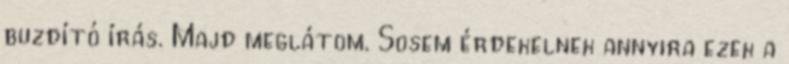
buzdító írás. Majd meglátom. Sosem érdekelnek annyira ezek a